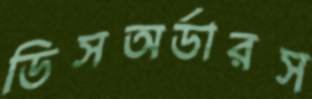
ডিসঅর্ডারস